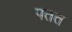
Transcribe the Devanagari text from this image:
पतत